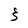
Character: 3